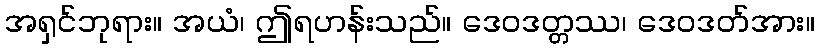
အရှင်ဘုရား။ အယံ၊ ဤရဟန်းသည်။ ဒေဝဒတ္တဿ၊ ဒေဝဒတ်အား။